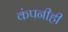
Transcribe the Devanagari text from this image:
कंपनीही